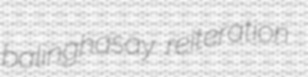
balinghasay reiteration